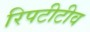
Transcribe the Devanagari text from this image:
रिपटीटीव